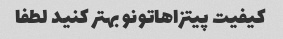
کیفیت پیتزاهاتونو بهتر کنید لطفا